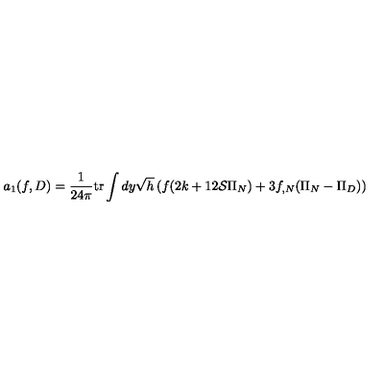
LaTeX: a _ { 1 } ( f , D ) = \frac 1 { 2 4 \pi } \mathrm { t r } \int d y \sqrt { h } \left( f ( 2 k + 1 2 { \cal S } \Pi _ { N } ) + 3 f _ { , N } ( \Pi _ { N } - \Pi _ { D } ) \right)